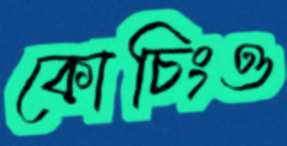
কোচিংও